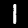
Label: 1